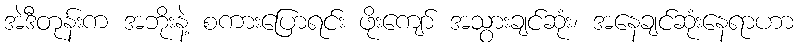
အဲဒီတုန်းက အဘိုးနဲ့ စကားပြောရင်း ဖိုးကျော် အသွားချင်ဆုံး၊ အနေချင်ဆုံးနေရာဟာ